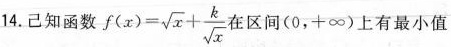
14.已知函数$$f ( x ) = \sqrt { x } + \frac { k } { \sqrt { x } }在区间(0，+∞)$$上有最小值